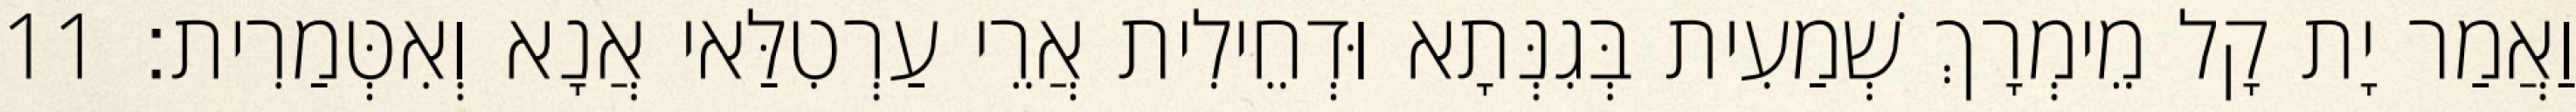
וַאֲמַר יָת קָל מֵימְרָךְ שְׁמַעִית בְּגִנְּתָא וּדְחֵילִית אֲרֵי עַרְטִלַּאי אֲנָא וְאִטְּמַרִית׃ 11